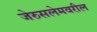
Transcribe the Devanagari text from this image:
जेरुसलेमवरील